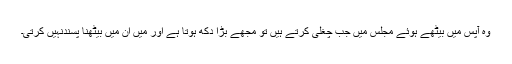
وہ آپس میں بیٹھے ہوئے مجلس میں جب چغلی کرتے ہیں تو مجھے بڑا دُکھ ہوتا ہے اور میں اُن میں بیٹھنا پسندنہیں کرتی۔